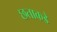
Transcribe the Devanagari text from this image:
छताकडे